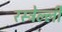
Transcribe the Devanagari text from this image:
रस्त्रेल्ली